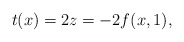
\begin{align*}t(x) = 2z = -2f(x,1),\end{align*}